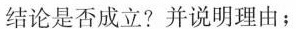
结论是否成立?并说明理由；